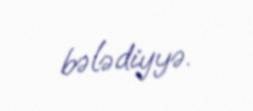
bələdiyyə.